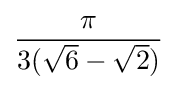
{\frac {\pi }{3({\sqrt {6}}-{\sqrt {2}})}}